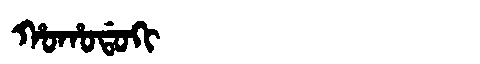
Manchu: ᡥᠣᡥᠣᡩᠣᡴᡳ
Romanization: HOHODOKI